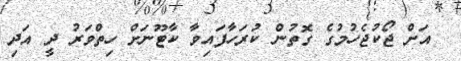
އަށް ޖޯކުޖެހުމުގެ ގޮތުން ކުރަހާފައިވާ ކާޓޫނަށް ހިތްވަރު ދީ އަދި